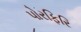
પોરફિરિ